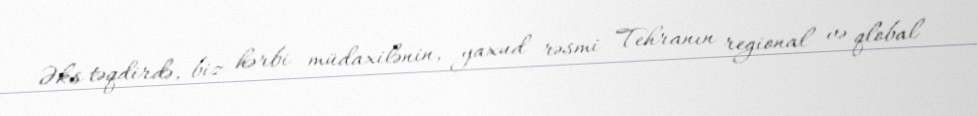
Əks təqdirdə, biz hərbi müdaxilənin, yaxud rəsmi Tehranın regional və qlobal